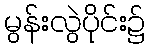
မွန်းလွဲပိုင်း၌